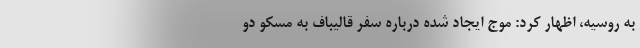
به روسیه، اظهار کرد:‌ موج ایجاد شده درباره سفر قالیباف به مسکو دو